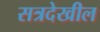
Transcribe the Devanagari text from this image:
सत्रदेखील